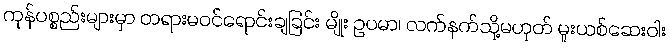
ကုန်ပစ္စည်းများမှာ တရားမဝင်ရောင်းချခြင်း မျိုး ဥပမာ၊ လက်နက်သို့မဟုတ် မူးယစ်ဆေးဝါး